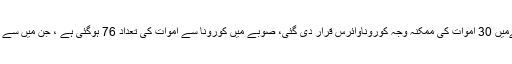
محکمہ صحت بلوچستان نے کہا گزشتہ 2ہفتےمیں 30 اموات کی ممکنہ وجہ کوروناوائرس قرار دی گئی، صوبے میں کورونا سے اموات کی تعداد 76 ہوگئی ہے ، جن میں سے 46 مصدقہ جبکہ 30 ممکنہ اموات شامل ہیں۔